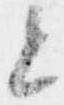
と